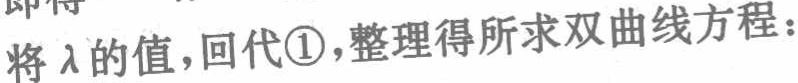
即将\(\lambda\)的值，回代\textcircled{1}，整理得所求双曲线方程：